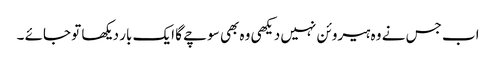
اب جس نے وہ ہیروئن نہیں دیکھی وہ بھی سوچے گا ایک بار دیکھا تو جائے ۔